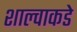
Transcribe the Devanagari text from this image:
शाल्वाकडे